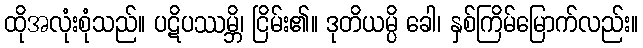
ထိုအလုံးစုံသည်။ ပဋိပဿမ္ဘိ၊ ငြိမ်း၏။ ဒုတိယမ္ပိ ခေါ၊ နှစ်ကြိမ်မြောက်လည်း။